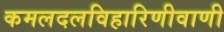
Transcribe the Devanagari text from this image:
कमलदलविहारिणीवाणी